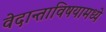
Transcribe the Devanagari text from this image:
वेदान्ताविषयामध्ये